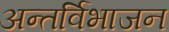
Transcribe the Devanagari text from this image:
अन्तर्विभाजन